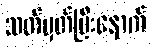
သတ်မှတ်ပြီးနောက်